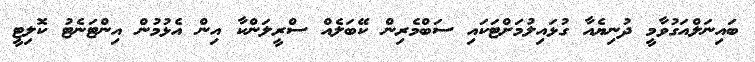
ބައިނަލްއަގުވާމީ ދުނިޔެއާ ގުޅައިލުމަށްޓަކައި ސަބްމެރިން ކޭބަލެއް ސްރީލަންކާ އިން އެޅުމުން އިންޓަނެޓު ކޮލިޓީ